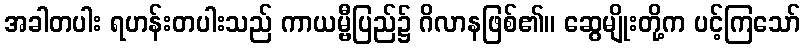
အခါတပါး ရဟန်းတပါးသည် ကာယမ္ဗီပြည်၌ ဂိလာနဖြစ်၏။ ဆွေမျိုးတို့က ပင့်ကြသော်